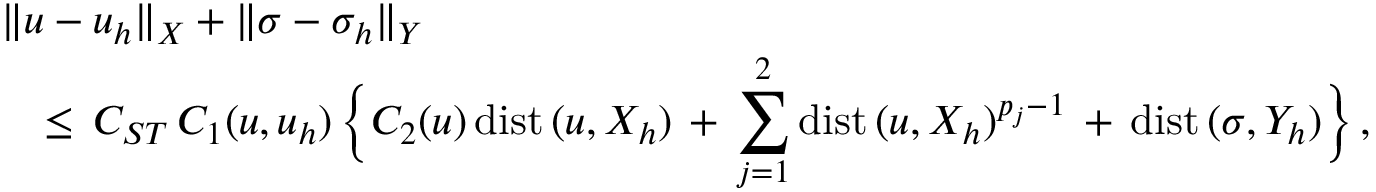
\begin{array} { l } { \displaystyle \| u - u _ { h } \| _ { X } + \| \sigma - \sigma _ { h } \| _ { Y } } \\ { \displaystyle \quad \leq \, C _ { S T } \, C _ { 1 } ( u , u _ { h } ) \, \Big \{ C _ { 2 } ( u ) \, \mathrm { d i s t } \, ( u , X _ { h } ) \, + \, \sum _ { j = 1 } ^ { 2 } \mathrm { d i s t } \, ( u , X _ { h } ) ^ { p _ { j } - 1 } \, + \, \mathrm { d i s t } \, ( \sigma , Y _ { h } ) \Big \} \, , } \end{array}